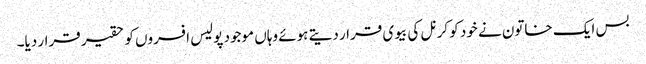
بس ایک خاتون نے خود کو کرنل کی بیوی قرار دیتے ہوئے وہاں موجود پولیس افسروں کو حقیر قرار دیا۔